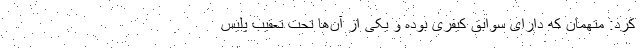
کرد: متهمان که دارای سوابق کیفری بوده و یکی از آن‌ها تحت تعقیب پلیس